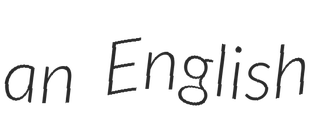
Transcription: an English